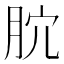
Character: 𣍥